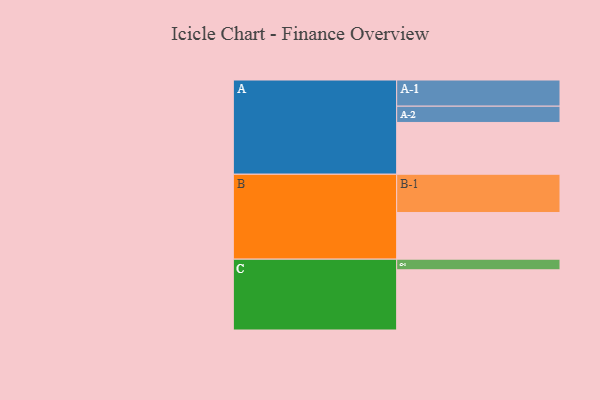
{"axis": {"x": "Segment", "y": "Value"}, "legend": ["", "A", "B", "C"], "data": [{"x": "A", "y": 356, "type": ""}, {"x": "B", "y": 321, "type": ""}, {"x": "C", "y": 414, "type": ""}, {"x": "A-1", "y": 180, "type": "A"}, {"x": "A-2", "y": 112, "type": "A"}, {"x": "B-1", "y": 263, "type": "B"}, {"x": "C-1", "y": 73, "type": "C"}]}